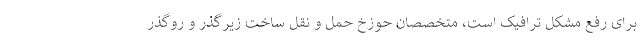
برای رفع مشکل ترافیک است، متخصصان حوزخ حمل و نقل ساخت زیرگذر و روگذر